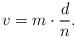
LaTeX: \begin{align*}v=m\cdot \frac dn\text.\end{align*}